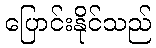
ပြောင်းနိုင်သည်